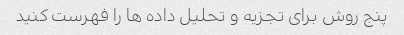
پنج روش برای تجزیه و تحلیل داده ها را فهرست کنید